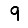
Digit: 9